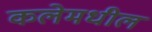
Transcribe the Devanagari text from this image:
कलेमधील